Vaccine operations Central Provinces 1886-1899 - 1886-1899
Year: 1886
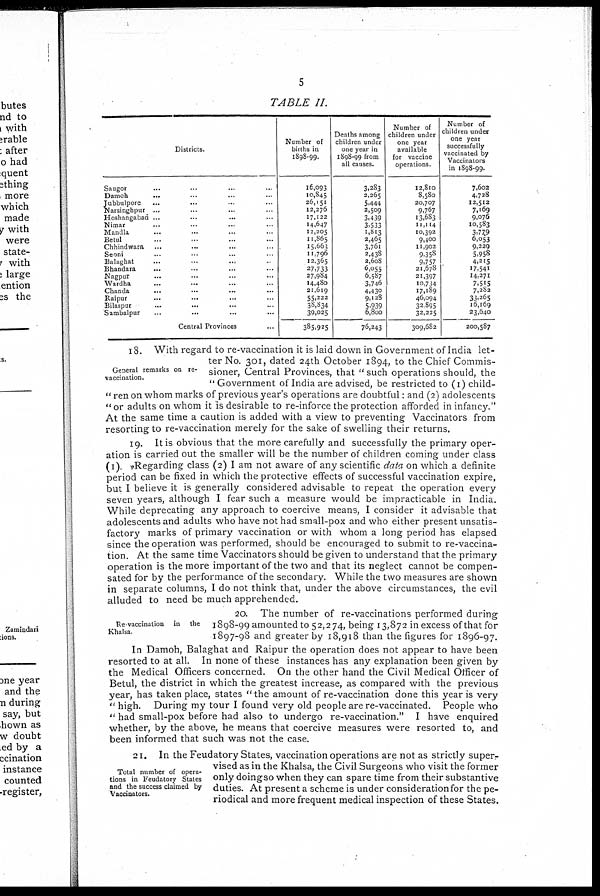
5
TABLE II.
Districts.
Saugor ... ... ... ...
Damoh ... ... ... ...
Jubbulpore ... ... ... ...
Narsinghpur ... ... ... ...
Hoshangabad ... ... ... ...
Nimar ... ... ... ...
Mandla ... ... ... ...
Betul ... ... ... ...
Chhindwara ... ... ... ...
Seom ... ... ... ...
Balaghat ... ... ... ...
Bhandara ... ... ... ...
Nagpur ... ... ... ...
Wardha ... ... ... ...
Chanda ... ... ... ...
Raipur ... ... ... ...
Bilaspur ... ... ... ...
Sambalpur ... ... ... ...
Central Provinces ...
Number of
births in
1898-99.
16,093
10,845
26,151
12,276
17,122
14,647
12,205
11,865
15,663
11,796
12,365
27,733
27,984
14,480
21,619
55,222
38,834
39,025
385,925
Deaths among
children under
one year in
1898-99 from
all causes.
3,283
2,265
5,444
2,509
3,439
3,533
1,813
2,465
3,761
2,438
2,608
6,055
6,587
3,746
4,430
9,128
5,939
6,800
76,243
Number of
children under
one year
available
for vaccine
operations.
12,810
8,580
20,707
9,767
13,683
11,114
10,392
9,400
11,902
9,358
9,757
21,678
21,397
10,734
17,189
46,094
32,895
32,225
309,682
Number of
children under
one year
successfully
vaccinated by
Vaccinators
in 1898-99.
7,602
4,728
12,512
7,169
9,076
10,583
3,779
6,053
9,229
5,958
4,215
17,541
14,271
7,515
7,282
33,265
16,169
23,640
200,587
General remarks on re-
vaccination.
18. With regard to re-vaccination it is laid down in Government of India let-
ter No. 301, dated 24th October 1894, to the Chief Commis-
sioner, Central Provinces, that " such operations should, the
"Government of India are advised, be restricted to (1) child-
" ren on whom marks of previous year's operations are doubtful: and (2) adolescents
"or adults on whom it is desirable to re-inforce the protection afforded in infancy."
At the same time a caution is added with a view to preventing Vaccinators from
resorting to re-vaccination merely for the sake of swelling their returns.
19. It is obvious that the more carefully and successfully the primary oper-
ation is carried out the smaller will be the number of children coming under class
(1). Regarding class (2) I am not aware of any scientific data on which a definite
period can be fixed in which the protective effects of successful vaccination expire,
but I believe it is generally considered advisable to repeat the operation every
seven years, although I fear such a measure would be impracticable in India.
While deprecating any approach to coercive means, I consider it advisable that
adolescents and adults who have not had small-pox and who either present unsatis-
factory marks of primary vaccination or with whom a long period has elapsed
since the operation was performed, should be encouraged to submit to re-vaccina-
tion. At the same time Vaccinators should be given to understand that the primary
operation is the more important of the two and that its neglect cannot be compen-
sated for by the performance of the secondary. While the two measures are shown
in separate columns, I do not think that, under the above circumstances, the evil
alluded to need be much apprehended.
Re vaccination in the
Khalsa.
20. The number of re-vaccinations performed during
1898-99 amounted to 52,274, being 13,872 in excess of that for
1897-98 and greater by 18,918 than the figures for 1896-97.
In Damoh, Balaghat and Raipur the operation does not appear to have been
resorted to at all. In none of these instances has any explanation been given by
the Medical Officers concerned. On the other hand the Civil Medical Officer of
Betul, the district in which the greatest increase, as compared with the previous
year, has taken place, states " the amount of re-vaccination done this year is very
" high. During my tour I found very old people are re-vaccinated. People who
" had small-pox before had also to undergo re-vaccination." I have enquired
whether, by the above, he means that coercive measures were resorted to, and
been informed that such was not the case.
Total number of opera-
tions in Feudatory States
and the success claimed by
Vaccinators.
21. In the Feudatory States, vaccination operations are not as strictly super-
vised as in the Khalsa, the Civil Surgeons who visit the former
only doingso when they can spare time from their substantive
duties. At present a scheme is under consideration for the pe-
riodical and more frequent medical inspection of these States.